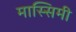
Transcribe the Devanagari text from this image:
मास्सिमी